Annual statistical returns and brief notes on vaccination in Bengal - 1909-1929
Year: 1909
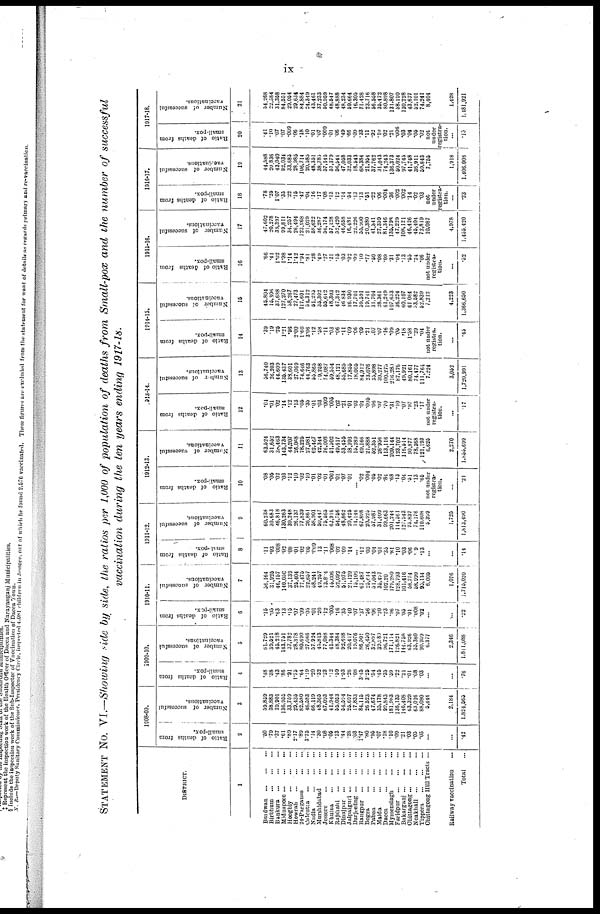
ix
STATEMENT No. VI.—Showing side by side, the ratios per 1,000 of population of deaths from Small-pox and the number of successful
vaccination during the ten years ending 1917-18.
DISTRICT.
1
Burdwan... ... ... ... ...
Birbhum... ... ... ... ...
Bankura... ... ... ... ...
Midnapore... ... ... ... ...
Hooghly... ... ... ... ...
Howrah... ... ... ... ...
24-Parganas... ... ... ... ...
Calcutta... ... ... ... ...
Nadia... ... ... ... ...
Murshidabad... ... ... ... ...
Jessore... ... ... ... ...
Khulna... ... ... ... ...
Rajshahi... ... ... ... ...
Dinajpur... ... ... ... ...
Jalpaiguri... ... ... ...
Darjeeling...
...
...
Rangpur... ... ... ... ...
Bogra...
...
...
...
Pabna...
...
...
...
Malda... ... ... ... ...
Dacca...
...
...
...
Mymensingh... ... ... ... ...
Faridpur... ... ... ...
Bakarganj... ... ... ...
Chittagong... ... ... ...
Noakhali... ... ... ...
Tippera...
...
...
...
Chittagong Hill Tracts ...
Railway vaccination...
Total
1908-09.
Ratio of deaths from
small-pox.
2
.50
.79
.37
.61
.89
2.17
.89
3.75
.14
.30
.08
.05
.13
.44
.28
.03
1.47
.80
.96
.07
.18
.10
.09
.21
.03
.05
.03
...
...
.42
Number of successful
vaccinations.
3
59,850
38,883
39,901
136,955
33,759
29,435
82,580
46,583
66,119
48,365
67,093
41,944
55,053
54,594
25,697
17,833
84,115
26,523
47,674
35,178
99,843
181,983
136,135
146,408
63,329
63,016
88,080
5,444
2,184
1,821,565
1909-10.
Ratio of deaths from
small-pox.
4
.48
.38
.43
.86
.91
1.75
.64
1.19
.29
.32
.23
.12
.59
1.53
.28
.08
3.45
3.25
.54
.45
.35
.59
.22
.21
.01
.08
.03
...
...
.76
Number of successful
vaccinations.
5
61,720
39,521
45,218
143,751
37,782
28,378
80,690
27,066
57,924
45,813
77,088
41,344
48,384
92,698
20,417
10,076
86,501
26,450
32,897
39,480
96,721
171,114
126,821
144,758
63,926
55,360
90,959
6,377
2,346
1,811,088
1910-11.
Ratio of deaths from
small-pox.
6
.15
.05
.63
.13
.15
.07
.09
.05
.01
.20
.12
.005
.16
.35
.40
.07
.37
.56
.06
.20
.23
.96
.07
.05
.01
.008
.02
...
...
.22
Number of successful
vaccinations.
7
56,164
31,925
46,157
140,050
37,139
25,404
77,475
22,657
68,241
49,257
73,804
45,006
52,092
51,975
21,129
15,106
67,487
25,644
51,043
35,497
102,20
179,280
128,793
101,416
58,774
58.999
95,134
6,005
1,076
1,715,020
1911-12.
Ratio of deaths from
small-pox.
8
.11
.03
.008
.02
.08
.01
.02
.05
.009
13
.11
.008
.02
.09
.14
... .12
.03
.04
.01
.35
.81
.10
.03
.06
.09
.13
...
...
.14
Number of successful
vaccinations.
9
60,238
30,683
46,818
130,263
39,248
26,137
77,839
26,861
58,901
50,447
75,565
62,916
54,756
48,862
20,425
14,146
67,898
20,925
57,987
31,409
99,663
201,244
114,561
127,943
75,837
74,176
110,608
6,399
1,725
1,813,490
1912-13.
Ratio of deaths from
small-pox.
10
.08
.05
.02
.03
.12
.10
.02
.10
.01
.02
.01
.001
.01
.07
.01
... .02
.004
.05
.02
.84
.68
.13
.04
.51
.13
.65
not under
registra-
tion.
...
.21
Number of successful
vaccinations.
11
63,524
31,652
30,463
143,734
44,207
26,068
78,226
27,981
62,467
42,344
76,008
51,502
49,617
53,455
18,093
15,289
69,166
21,888
52,351
26,956
113,116
209,144
123,702
116,514
90,877
78,368
121,193
6,625
2,270
1,855,699
1913-14.
Ratio of deaths from
small-pox.
12
.04
.01
.02
.14
.12
.13
.05
.35
.01
.03
.009
.005
.02
.21
.01
.03
.01
.005
.06
.07
.70
.31
.10
.07
.97
.23
.17
not under
registra-
tion.
...
17
Number of successful
vaccinations.
13
56,740
26,203
44,609
135,437
33,601
27,069
74,646
44,763
55,865
09,268
74,087
59,554
48,121
55,685
17,855
18,005
84,912
23,076
35,898
30,277
100,275
216,289
87,176
40,921
80,161
74,477
111,764
7,224
3,052
1,720,991
1914-15.
Ratio of deaths from
small-pox.
14
.39
.19
.25
1.21
.96
2.00
1.60
3.06
.12
.58
.11
.03
.06
.11
.09
.06
.09
.21
.07
.07
.16
.09
.05
.18
1.58
.20
.04
not under
registra.
tion.
...
.45
Number of successful
vaccinations.
15
46,804
15,306
37,688
127,270
38,267
27,473
117,601
54,312
51,295
35,302
55,642
48,303
47,342
46,834
16,930
17,701
50,591
19,741
31,704
28,361
61,249
107,633
36,224
60,107
61,064
53,582
62,839
7,212
4,223
1,366,650
1915-16.
Ratio of deaths from
small-pox.
16
.66
.41
1.02
1.98
1.14
1.42
1.94
.81
.28
.49
.27
.21
.15
.03
.02
.09
.10
.77
.50
.08
.09
.31
.04
.13
.55
.24
.06
not under
registra-
tion.
...
.52
Number of successful
vaccinations.
17
47,602
20,278
39,397
99,811
34,257
26,494
123,968
21,029
58,622
36,287
56,174
57,128
52,420
46,658
16,481
22,226
55,900
20,380
41,341
27,359
81,346
135,798
47,229
108,121
46,426
45,404
72,819
10,087
4,978
1,456,420
1916-17.
Ratio of deaths from
small-pox.
18
.78
.25
1.07
.35
.22
.15
.47
.04
.16
.17
.08
.13
.12
.14
.54
.13
.13
.51
.22
.06
.004
.36
.002
.002
.14
.02
.03
not
under
registra-
tion.
...
.23
Number of successful
vaccinations.
19
44,588
30,836
43,040
92,034
33,685
28,985
106,714
20,585
48,351
38,785
57,145
51,379
56,544
47,058
32,033
18,543
68,384
21,954
37,762
31,043
74,243
136,373
50,024
97,745
41,748
36,911
59,843
7,755
1,018
1,406,008
1017-18.
Ratio of deaths from
small-pox.
20
.41
.10
.07
.07
.009
.06
.18
.10
.01
.07
.009
.01
.06
.49
.66
.09
.33
.11
.92
.10
.02
.21
.006
.03
.04
.05
.02
not
under
registra-
tion.
...
.13
Number of successful
vaccinations.
21
54,268
22,384
31,358
84,551
29,054
29,634
84,884
24,349
43,461
37,233
50,959
48,547
48,888
48,234
59,664
16,305
71,428
23,716
56,558
35,472
80,898
131,807
58,190
130,228
43,677
52,101
74,241
8,404
1,428
1,181,921